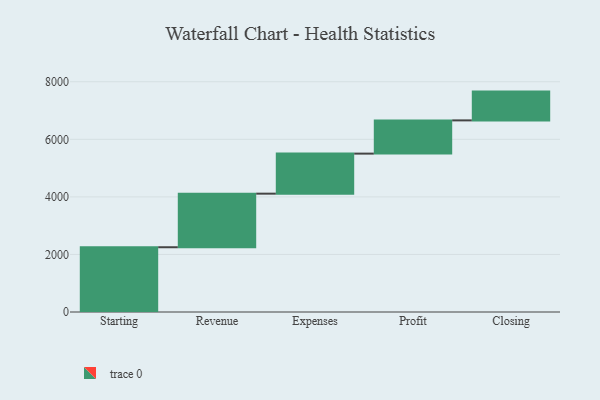
{"axis": {"x": "Step", "y": "Value"}, "legend": [""], "data": [{"x": "Starting", "y": 2250.0, "type": ""}, {"x": "Revenue", "y": 1862.0, "type": ""}, {"x": "Expenses", "y": 1391.0, "type": ""}, {"x": "Profit", "y": 1155.0, "type": ""}, {"x": "Closing", "y": 1000, "type": ""}]}